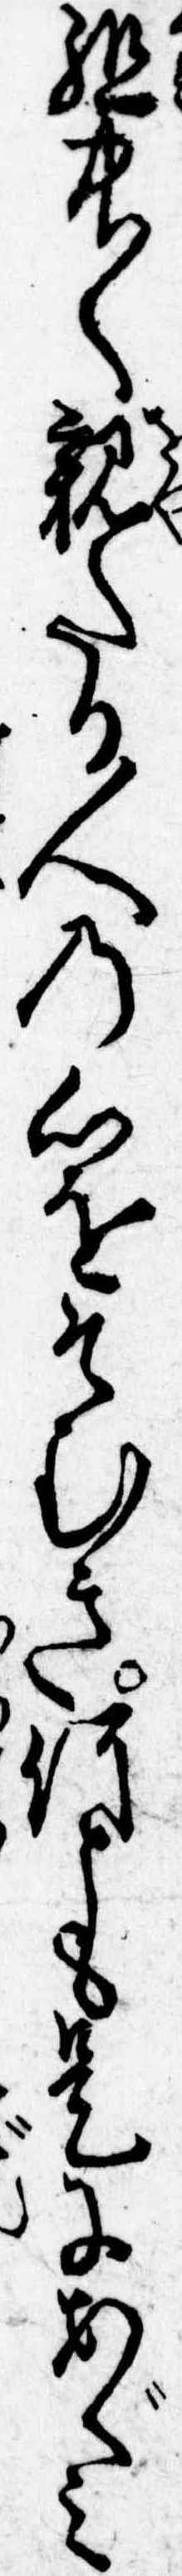
組中〱親たる人の心をそむき何とも是にあぐみ